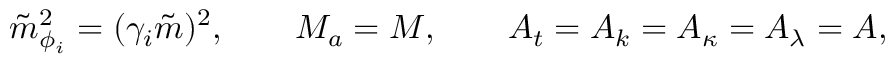
\tilde { m } _ { \phi _ { i } } ^ { 2 } = ( \gamma _ { i } \tilde { m } ) ^ { 2 } , \qquad M _ { a } = M , \qquad A _ { t } = A _ { k } = A _ { \kappa } = A _ { \lambda } = A ,